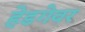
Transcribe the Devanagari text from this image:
हेडगेवर